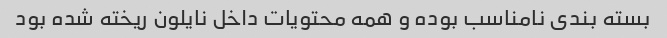
بسته بندی نامناسب بوده و همه محتویات داخل نایلون ریخته شده بود